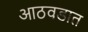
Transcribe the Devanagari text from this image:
आठवडात